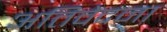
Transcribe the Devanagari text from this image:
अतिवेदना